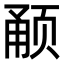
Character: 𬱥